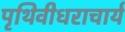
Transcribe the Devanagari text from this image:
पृथिवीधराचार्य